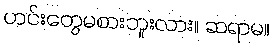
ဟင်းတွေမစားဘူးလား။ ဆရာမ။